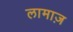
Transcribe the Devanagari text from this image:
लामाज़